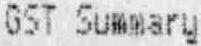
GST SUMMARY